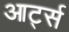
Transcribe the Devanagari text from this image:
आर्ट्स